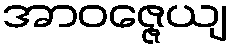
အာဝဇ္ဇေယျ